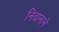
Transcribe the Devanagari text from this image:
निदानाने